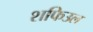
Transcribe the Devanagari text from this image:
शफिउल